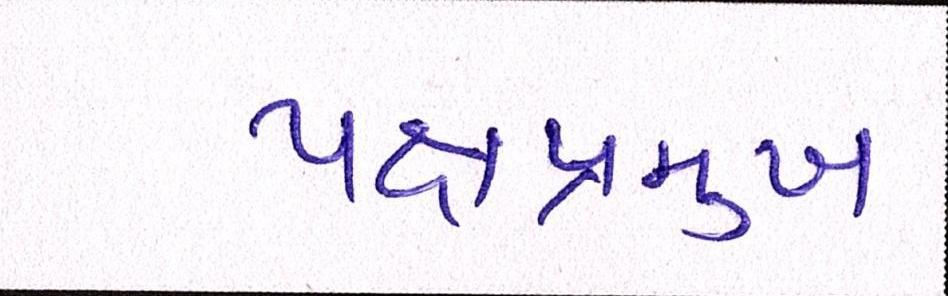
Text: પક્ષપ્રમુખ